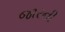
જારની